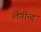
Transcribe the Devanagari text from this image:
लेगीन्द